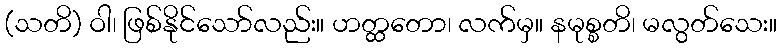
(သတိ) ဝါ၊ ဖြစ်နိုင်သော်လည်း။ ဟတ္ထတော၊ လက်မှ။ နမုစ္စတိ၊ မလွတ်သေး။